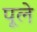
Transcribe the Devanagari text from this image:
पूले